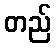
တည်